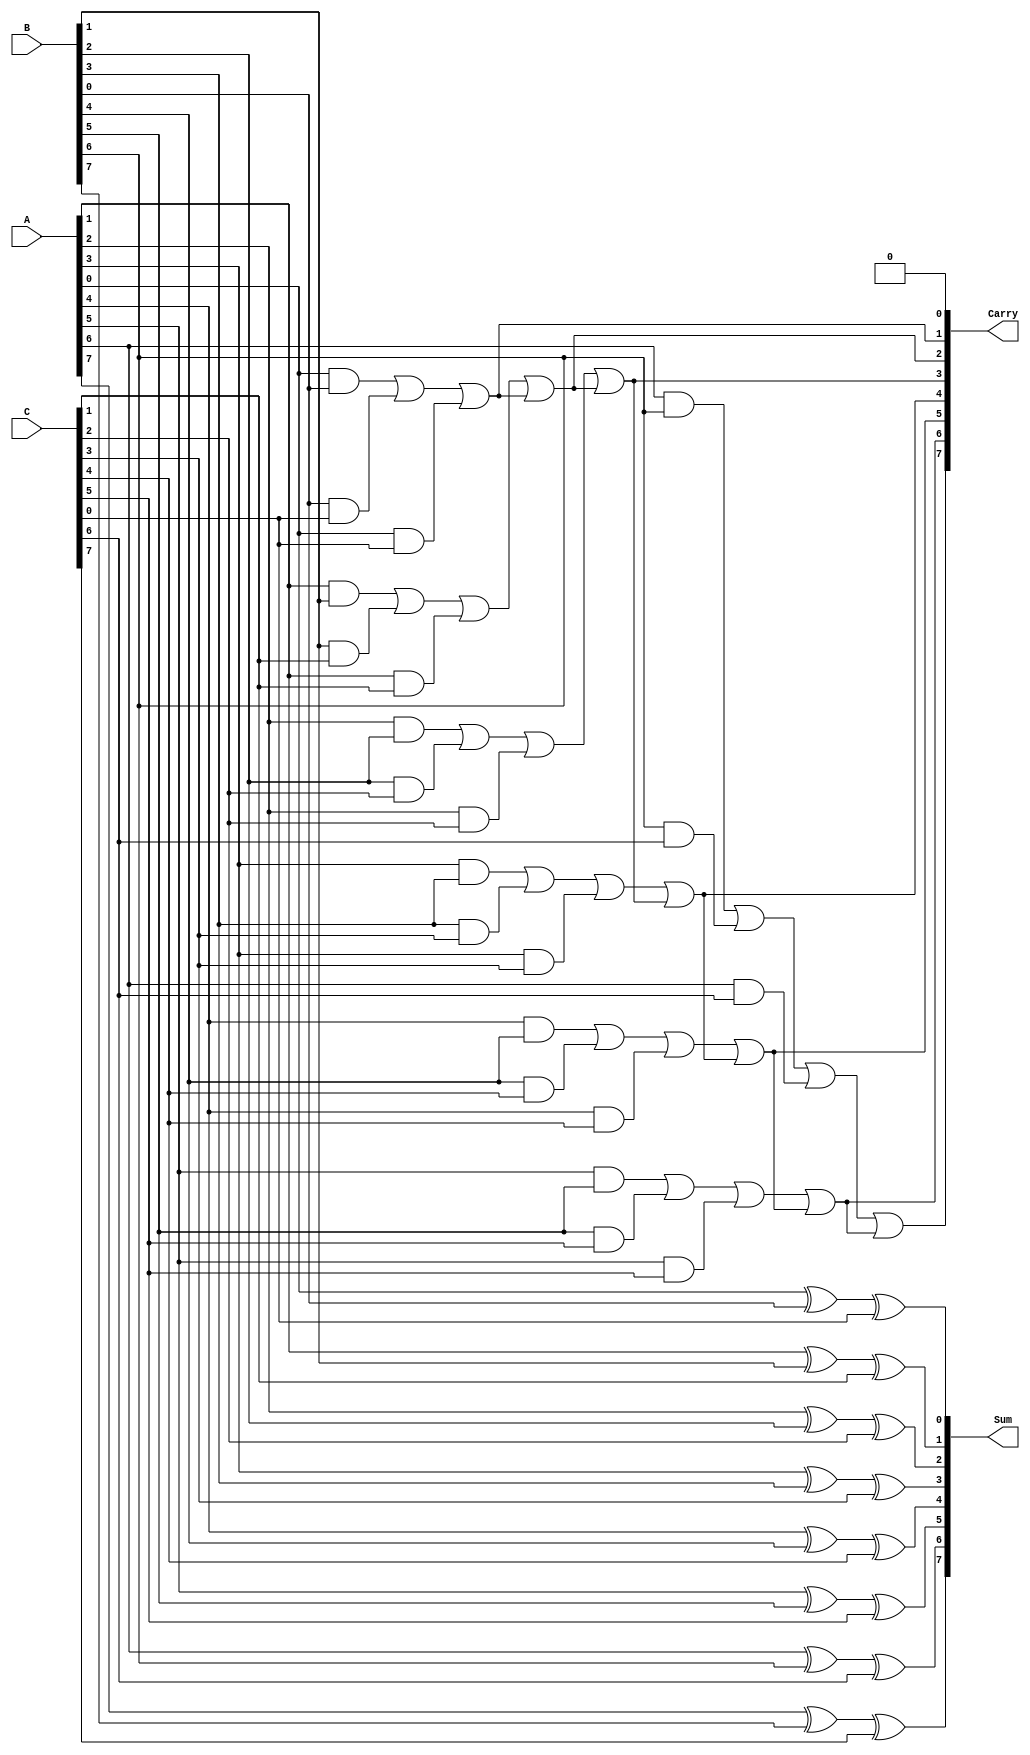
module CarrySaveAdder #(parameter N = 8) (
    input  wire [N-1:0] A,  // First operand
    input  wire [N-1:0] B,  // Second operand
    input  wire [N-1:0] C,  // Third operand
    output wire [N-1:0] Sum, // Preliminary sum output
    output wire [N:0]   Carry // Carry output
);
    // Intermediate carry signals
    wire [N-1:0] carry_intermediate;

    // Compute preliminary sum and carry
    genvar i;
    generate
        for (i = 0; i < N; i = i + 1) begin : CSA
            // Sum bit calculation using XOR
            assign Sum[i] = A[i] ^ B[i] ^ C[i];
            
            // Carry bit calculation using AND and OR
            if (i < N-1) begin
                assign carry_intermediate[i] = (A[i] & B[i]) | (B[i] & C[i]) | (A[i] & C[i]);
            end
        end
    endgenerate

    // Assign the final carry output
    assign Carry[0] = 1'b0; // Initialize the carry for the first bit
    generate
        for (i = 0; i < N-1; i = i + 1) begin : Carry_Propagation
            assign Carry[i+1] = carry_intermediate[i] | Carry[i];
        end
    endgenerate

    // Final carry output for the highest bit
    assign Carry[N] = carry_intermediate[N-1];

endmodule